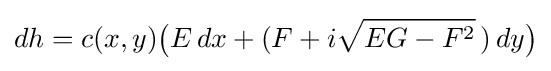
\displaystyle dh=c(x,y){\bigl (}E\,dx+(F+i{\sqrt {EG-F^{2}}}\,)\,dy{\bigr )}